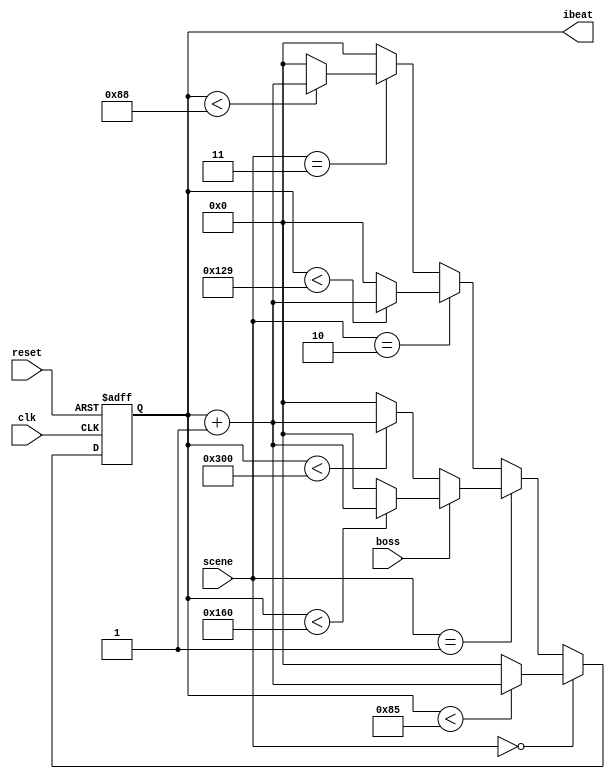
//00 start
//01 game
//10 win
//11 lose

module PlayerCtrl (
	input [1:0]scene,
	input boss,
	input clk,
	input reset,
	output reg [9:0] ibeat
);
parameter BEATLEAGTH_START = 10'd133;
parameter BEATLEAGTH_GAME = 10'd768;
parameter BEATLEAGTH_BOSS = 10'd352;
parameter BEATLEAGTH_WIN = 10'd297;
parameter BEATLEAGTH_LOSE = 10'd136;
//bad apple => 768
//U.N.Owen => 352
//Gods love gensoukyou => 133
//Otenba Koi Musume => 297
//suika no tsuki => 136
always @(posedge clk, posedge reset) begin
	if (reset)
		ibeat <= 10'd0;
	else if(scene == 2'b00)
	begin
		if(ibeat < BEATLEAGTH_START)
		begin
			ibeat <= ibeat + 10'd1;
		end
		else
		begin
			ibeat <= 10'd0;
		end
	end
	else if(scene == 2'b01)
	begin
		if(!boss)
		begin
			if(ibeat < BEATLEAGTH_GAME)
			begin
				ibeat <= ibeat + 10'd1;
			end
			else
			begin
				ibeat <= 10'd0;
			end
		end
		else
		begin
			if(ibeat < BEATLEAGTH_BOSS)
			begin
				ibeat <= ibeat + 10'd1;
			end
			else
			begin
				ibeat <= 10'd0;
			end
		end
	end
	else if(scene == 2'b10)
	begin
		if(ibeat < BEATLEAGTH_WIN)
		begin
			ibeat = ibeat + 10'd1;
		end
		else
		begin
			ibeat = 10'd0;
		end
	end
	else if(scene == 2'b11)
	begin
		if(ibeat < BEATLEAGTH_LOSE)
		begin
			ibeat = ibeat + 10'd1;
		end
		else
		begin
			ibeat = 10'd0;
		end
	end
	else
		ibeat <= 10'd0;
    end
endmodule